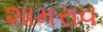
શામરાવ